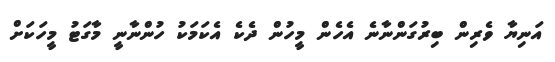
އަނިޔާ ވެރިން ބިރުގަންނާނެ އެހެން މީހުން ދެކެ އެކަމަކު ހުންނާނީ މާގަޓު މީހަކަށް